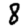
Digit: 8